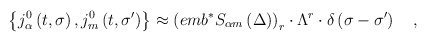
\begin{align*}\left\{ j_\alpha ^0\left( t,\sigma \right) ,j_m^0\left( t,\sigma^{\prime }\right) \right\} \approx \left( emb^{*}S_{\alpha m}\left( \Delta\right) \right) _r\cdot \Lambda ^r\cdot \delta \left( \sigma -\sigma^{\prime }\right) \quad ,\end{align*}